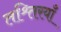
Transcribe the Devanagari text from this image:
तश्र्तिरयाँ